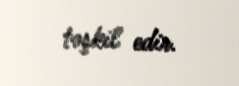
təşkil edir.